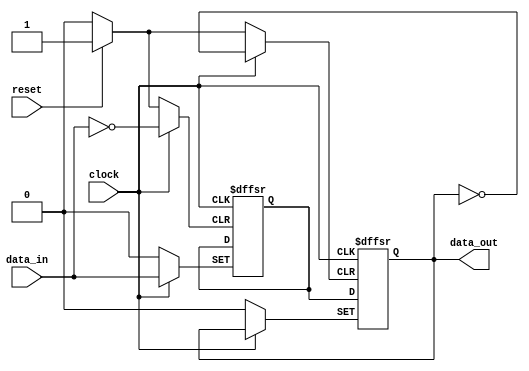
module event_control (
    input wire clock,
    input wire reset,
    input wire data_in,
    output reg data_out
);

    // Internal state variable
    reg state;

    // Behavioral modeling block sensitive to both posedge and negedge of clock
    always @(posedge clock or negedge clock or posedge reset) begin
        if (reset) begin
            // Asynchronous reset
            state <= 1'b0; // Initialize state
            data_out <= 1'b0; // Clear output
        end else begin
            // Update state on positive edge
            if (clock) begin
                state <= data_in; // Capture input data on posedge
            end else begin
                // Update output on negative edge
                data_out <= state; // Propagate state to output on negedge
            end
        end
    end

endmodule